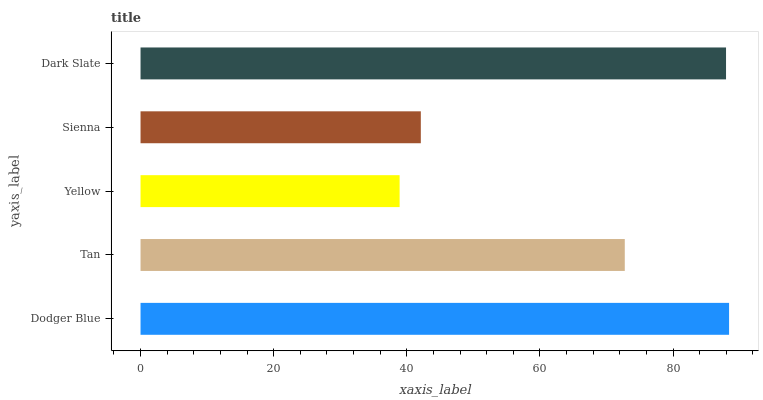
| yaxis_label | bars |
 | --- | --- |
 | Dodger Blue | 88.4 |
 | Tan | 72.8 |
 | Yellow | 38.9 |
 | Sienna | 42.1 |
 | Dark Slate | 88 |